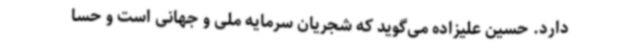
دارد. حسین علیزاده می‌گوید که شجریان سرمایه ملی و جهانی است و حسا